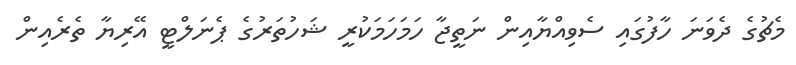
މެޗުގެ ދެވަނަ ހާފުގައި ސެވިއްޔާއިން ނަތީޖާ ހަމަހަމަކުރީ ޝަހުތަރުގެ ޕެނަލްޓީ އޭރިޔާ ތެރެއިން